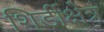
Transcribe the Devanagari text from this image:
शिर्डीक्षेत्र